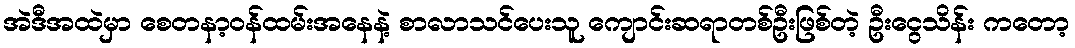
အဲဒီအထဲမှာ စေတနာ့ဝန်ထမ်းအနေနဲ့ စာလာသင်ပေးသူ ကျောင်းဆရာတစ်ဦးဖြစ်တဲ့ ဦးငွေသိန်း ကတော့